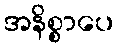
အနိစ္စာပေ